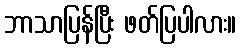
ဘာသာပြန်ပြီး ဖတ်ပြပါလား။